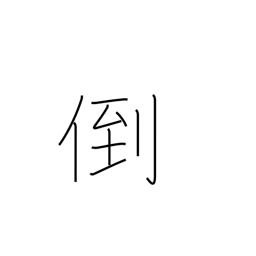
Meaning: break down